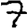
Digit: 7